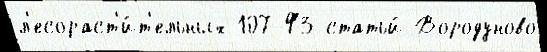
л'есораст'и́т'ельных 107-ФЗ статьи́ Вородуново